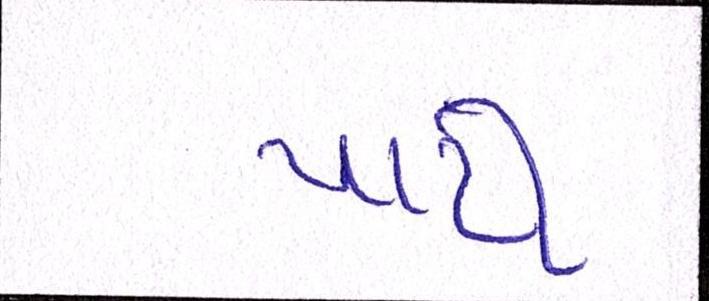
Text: પાર્ટી